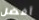
أفضل